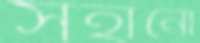
সহানো